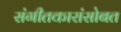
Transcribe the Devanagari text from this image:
संगीतकारांसोबत